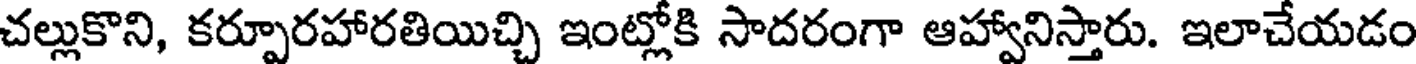
చల్లుకొని, కర్పూరహారతియిచ్చి ఇంట్లోకి సాదరంగా ఆహ్వానిస్తారు. ఇలాచేయడం